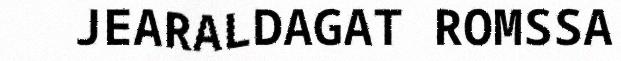
JEARALDAGAT ROMSSA